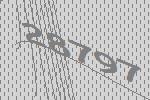
28797